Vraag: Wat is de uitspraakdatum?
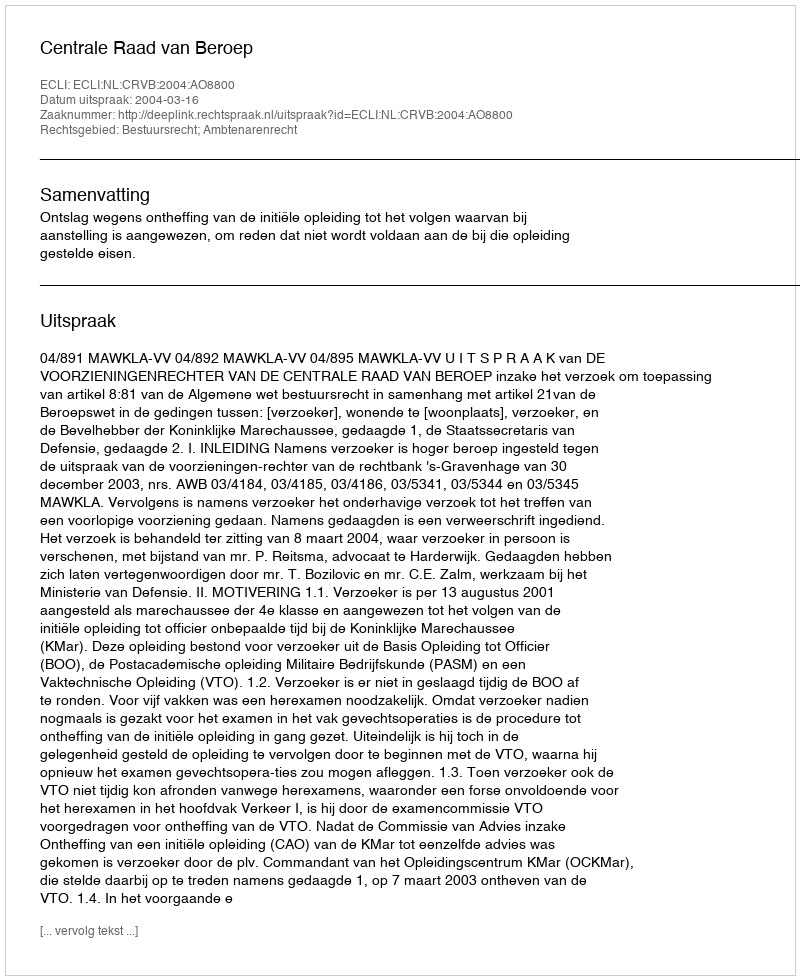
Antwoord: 2004-03-16